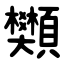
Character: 䫶